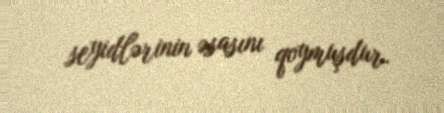
seyidlərinin əsasını qoymuşdur.